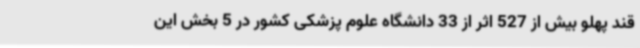
قند پهلو بیش از 527 اثر از 33 دانشگاه علوم پزشکی کشور در 5 بخش این